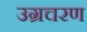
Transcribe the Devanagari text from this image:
उग्रचरण